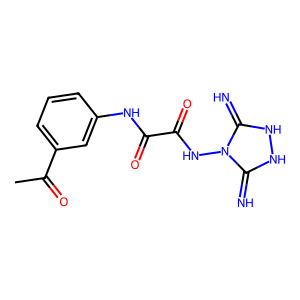
SMILES: CC(=O)c1cccc(NC(=O)C(=O)Nn2c(=N)[nH][nH]c2=N)c1
Inhibits HIV replication: No